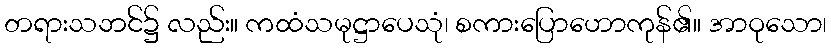
တရားသဘင်၌ လည်း။ ကထံသမုဋ္ဌာပေသုံ၊ စကားပြောဟောကုန်၏။ အာဝုသော၊